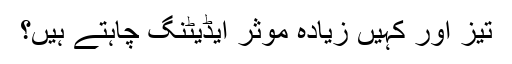
تیز اور کہیں زیادہ موثر ایڈیٹنگ چاہتے ہیں؟